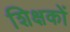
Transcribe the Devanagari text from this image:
शिक्षकों